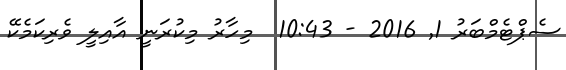
ސެޕްޓެމްބަރު 1